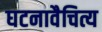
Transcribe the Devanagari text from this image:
घटनावैचित्य